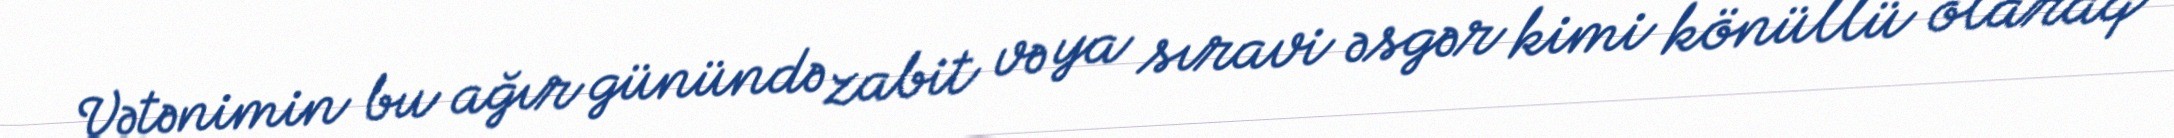
Vətənimin bu ağır günündə zabit və ya sıravi əsgər kimi könüllü olaraq